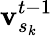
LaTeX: \mathbf{v}_{s_{k}}^{t-1}